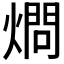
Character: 𱬅